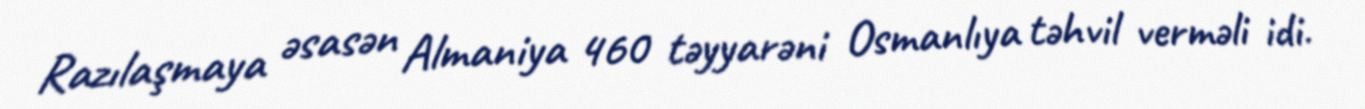
Razılaşmaya əsasən Almaniya 460 təyyarəni Osmanlıya təhvil verməli idi.